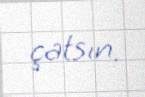
çatsın.